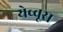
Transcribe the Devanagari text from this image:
येच्चूस